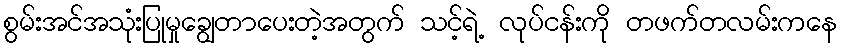
စွမ်းအင်အသုံးပြုမှုချွေတာပေးတဲ့အတွက် သင့်ရဲ့ လုပ်ငန်းကို တဖက်တလမ်းကနေ